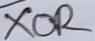
Text: XOR